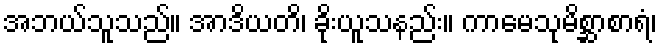
အဘယ်သူသည်။ အာဒိယတိ၊ ခိုးယူသနည်း။ ကာမေသုမိစ္ဆာစာရံ၊